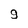
Character: g